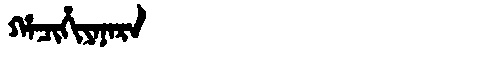
Manchu: ᡥᠠᠴᡳᡥᡳᠶᠠᠨᠠᡵᠠ
Romanization: HACIHIYANARA